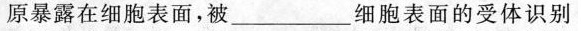
原暴露在细胞表面，被___细胞表面的受体识别